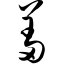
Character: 羞